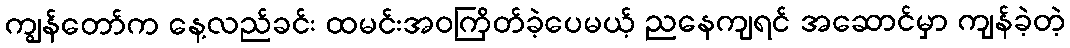
ကျွန်တော်က နေ့လည်ခင်း ထမင်းအဝကြိတ်ခဲ့ပေမယ့် ညနေကျရင် အဆောင်မှာ ကျန်ခဲ့တဲ့